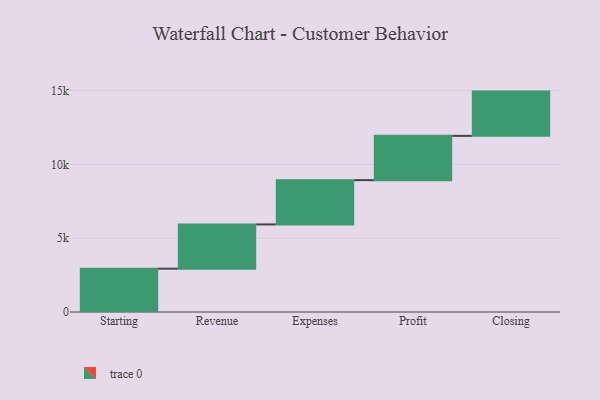
{"axis": {"x": "Step", "y": "Value"}, "legend": [""], "data": [{"x": "Starting", "y": 2935.0, "type": ""}, {"x": "Revenue", "y": 3000, "type": ""}, {"x": "Expenses", "y": 3000, "type": ""}, {"x": "Profit", "y": 3000, "type": ""}, {"x": "Closing", "y": 3000, "type": ""}]}